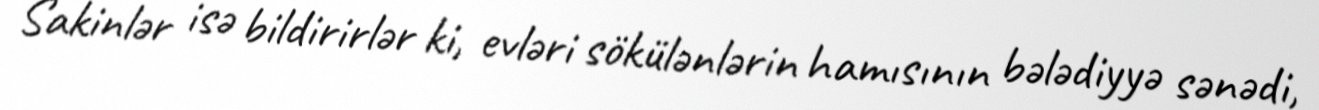
Sakinlər isə bildirirlər ki, evləri sökülənlərin hamısının bələdiyyə sənədi,